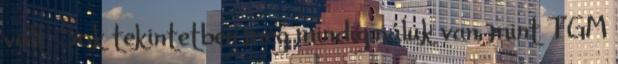
volt. Sok tekintetben még mindig náluk van, mint TGM